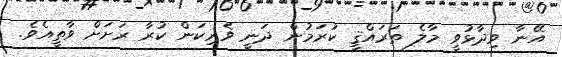
އޭނާ ވިދާޅުވީ މާލެ ތަރައްޤީ ކުރަމުން ދަނީ ވެރިކަން ކުރާ ރަށަށް ވާތީއެވެ.